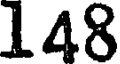
148